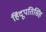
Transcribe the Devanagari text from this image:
हिंदूपतिसिंह